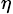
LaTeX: _\eta